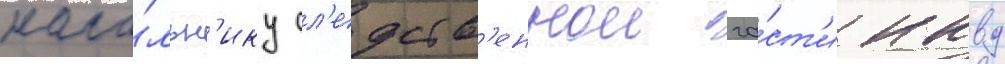
нача́льн'ику сл'едств'еннои ча́ст'и нквд